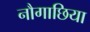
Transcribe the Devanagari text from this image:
नौगाछिया